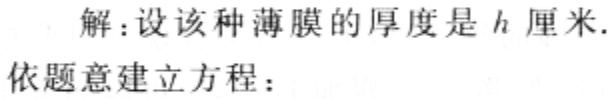
解：设该种薄膜的厚度是\(h\)厘米.
依题意建立方程：